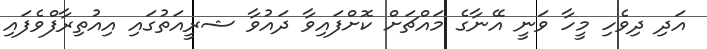
އަދި ދިވެހި މީހާ ވަނީ އޭނާގެ މައްޗަށް ކޮށްފައިވާ ދައުވާ ޝރީއަތުގައި އިއުތިރާފްވެފައި